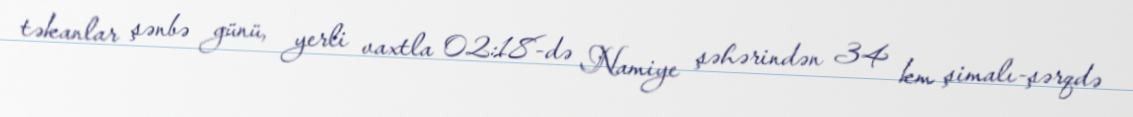
təkanlar şənbə günü, yerli vaxtla 02:18-də Namiye şəhərindən 34 km şimalı-şərqdə